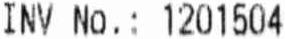
INV NO.: 1201504